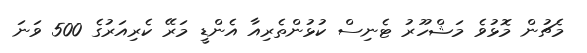
މެޗުން މޮޅުވެ މަޝްހޫރު ޓެނިސް ކުޅުންތެރިއާ އެންޑީ މަރޭ ކެރިއަރުގެ 500 ވަނަ